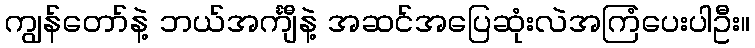
ကျွန်တော်နဲ့ ဘယ်အင်္ကျီနဲ့ အဆင်အပြေဆုံးလဲအကြံပေးပါဦး။